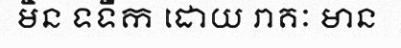
មិន ទទឹក ដោយ រាគៈ មាន